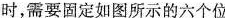
时，需要固定如图所示的六个位